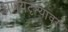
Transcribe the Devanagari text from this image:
प्रणयदृश्यांवर